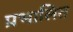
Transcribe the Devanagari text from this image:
प्रभालित